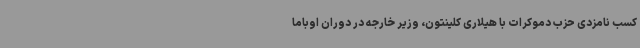
کسب نامزدی حزب دموکرات با هیلاری کلینتون، وزیر خارجه در دوران اوباما